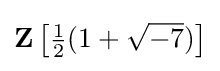
\mathbf {Z} \left[{\tfrac {1}{2}}(1+{\sqrt {-7}})\right]